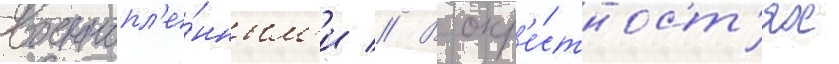
военнопл'е́нным'и // В окр'е́стност'ях